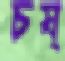
চষ্‌